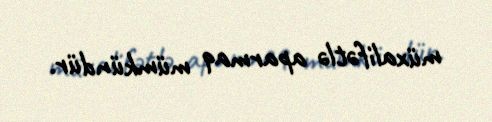
müxalifətlə aparmaq mümkündür.